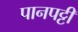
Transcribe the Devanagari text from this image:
पानपट्टी